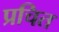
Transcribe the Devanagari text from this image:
प्रचित